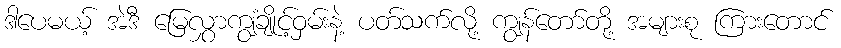
ဒါပေမယ့် အဲဒီ မြေလွှာကျွံချိုင့်ဝှမ်းနဲ့ ပတ်သက်လို့ ကျွန်တော်တို့ အများစု ကြားတောင်